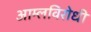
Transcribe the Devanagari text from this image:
आम्लविरोधी